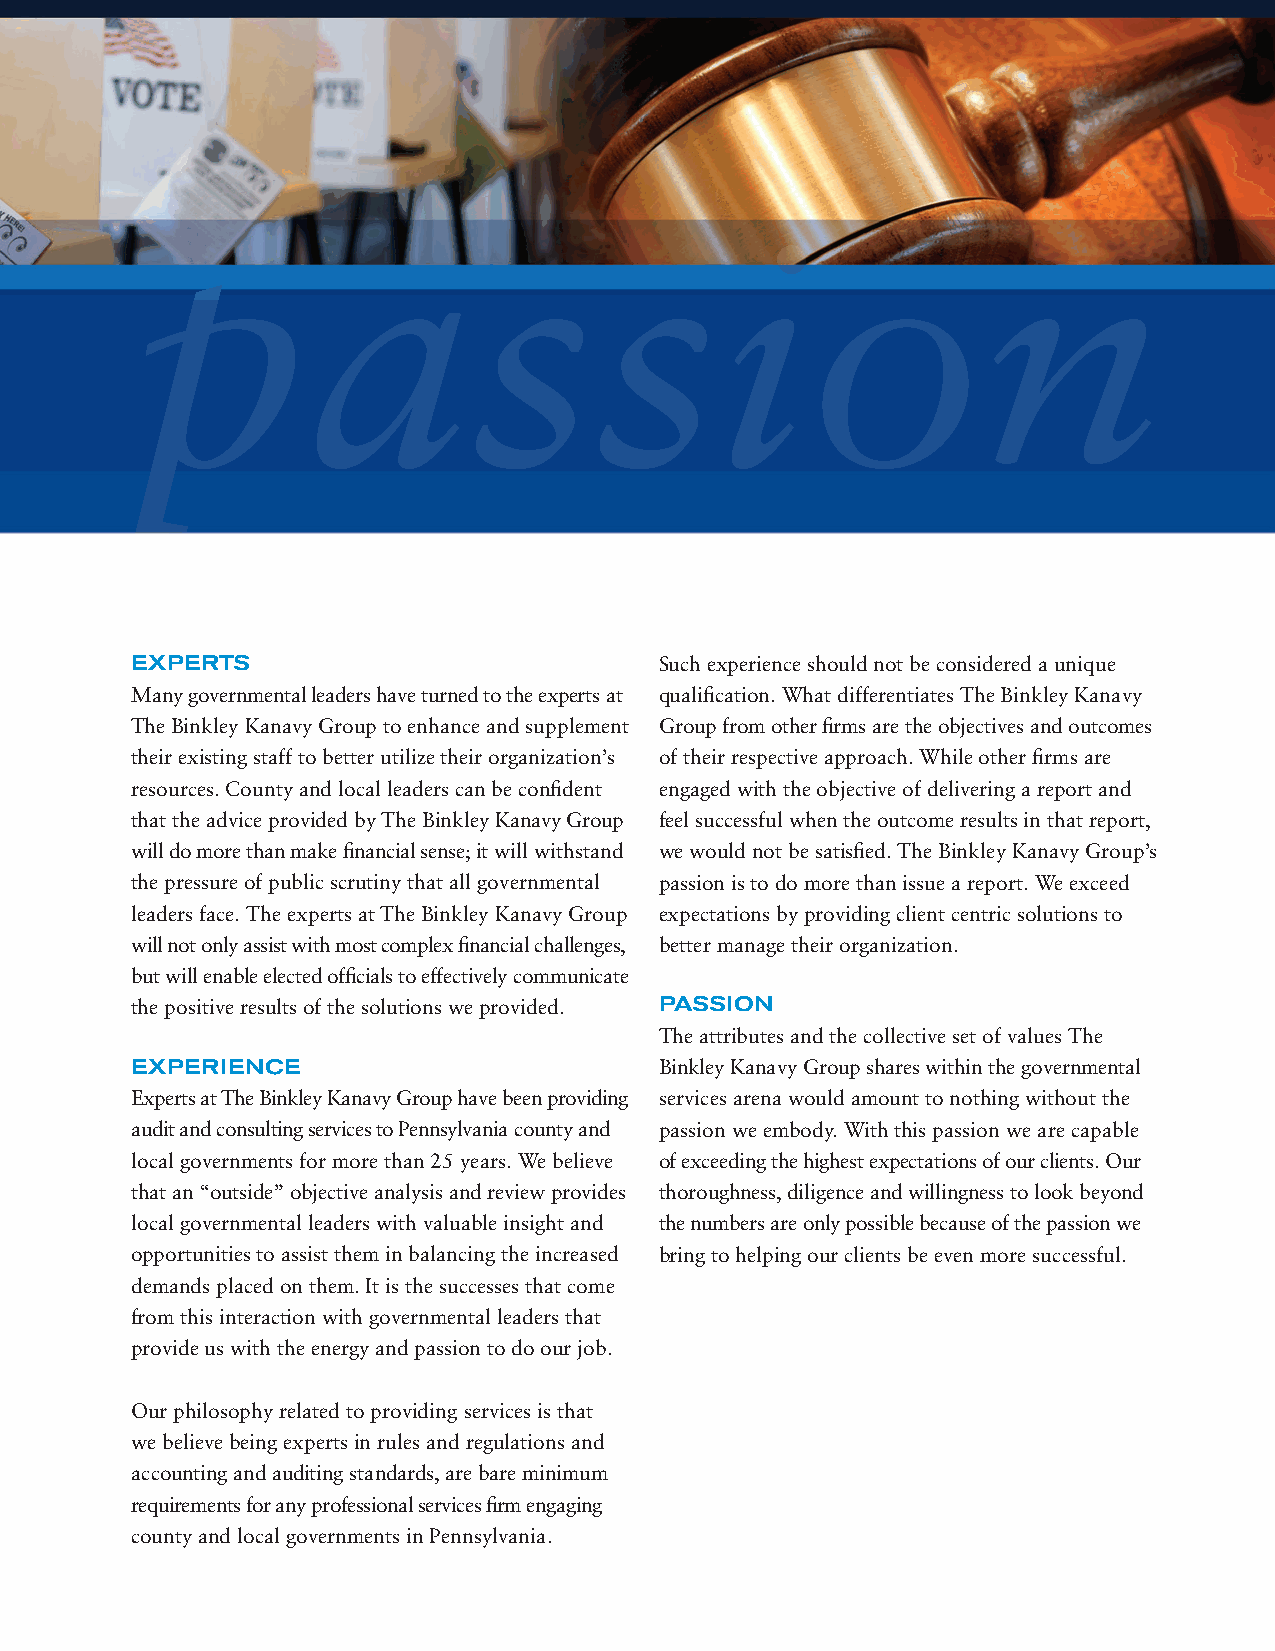
passion
 County and Local
 Governments
 experTs                            Such experience should not be considered a unique
 Many governmental leaders have turned to the experts at qualification. What differentiates The Binkley Kanavy
 The Binkley Kanavy Group to enhance and supplement Group from other firms are the objectives and outcomes
 their existing staff to better utilize their organization’s of their respective approach. While other firms are
 resources. County and local leaders can be confident engaged with the objective of delivering a report and
 that the advice provided by The Binkley Kanavy Group feel successful when the outcome results in that report,
 will do more than make financial sense; it will withstand we would not be satisfied. The Binkley Kanavy Group’s
 the pressure of public scrutiny that all governmental passion is to do more than issue a report. We exceed
 leaders face. The experts at The Binkley Kanavy Group expectations by providing client centric solutions to
 will not only assist with most complex financial challenges, better manage their organization.
 but will enable elected officials to effectively communicate
 the positive results of the solutions we provided. passion
 The attributes and the collective set of values The
 experience                         Binkley Kanavy Group shares within the governmental
 Experts at The Binkley Kanavy Group have been providing services arena would amount to nothing without the
 audit and consulting services to Pennsylvania county and passion we embody. With this passion we are capable
 local governments for more than 25 years. We believe of exceeding the highest expectations of our clients. Our
 that an “outside” objective analysis and review provides thoroughness, diligence and willingness to look beyond
 local governmental leaders with valuable insight and the numbers are only possible because of the passion we
 opportunities to assist them in balancing the increased bring to helping our clients be even more successful.
 demands placed on them. It is the successes that come
 from this interaction with governmental leaders that
 provide us with the energy and passion to do our job.
 Our philosophy related to providing services is that
 we believe being experts in rules and regulations and
 accounting and auditing standards, are bare minimum
 requirements for any professional services firm engaging
 county and local governments in Pennsylvania.